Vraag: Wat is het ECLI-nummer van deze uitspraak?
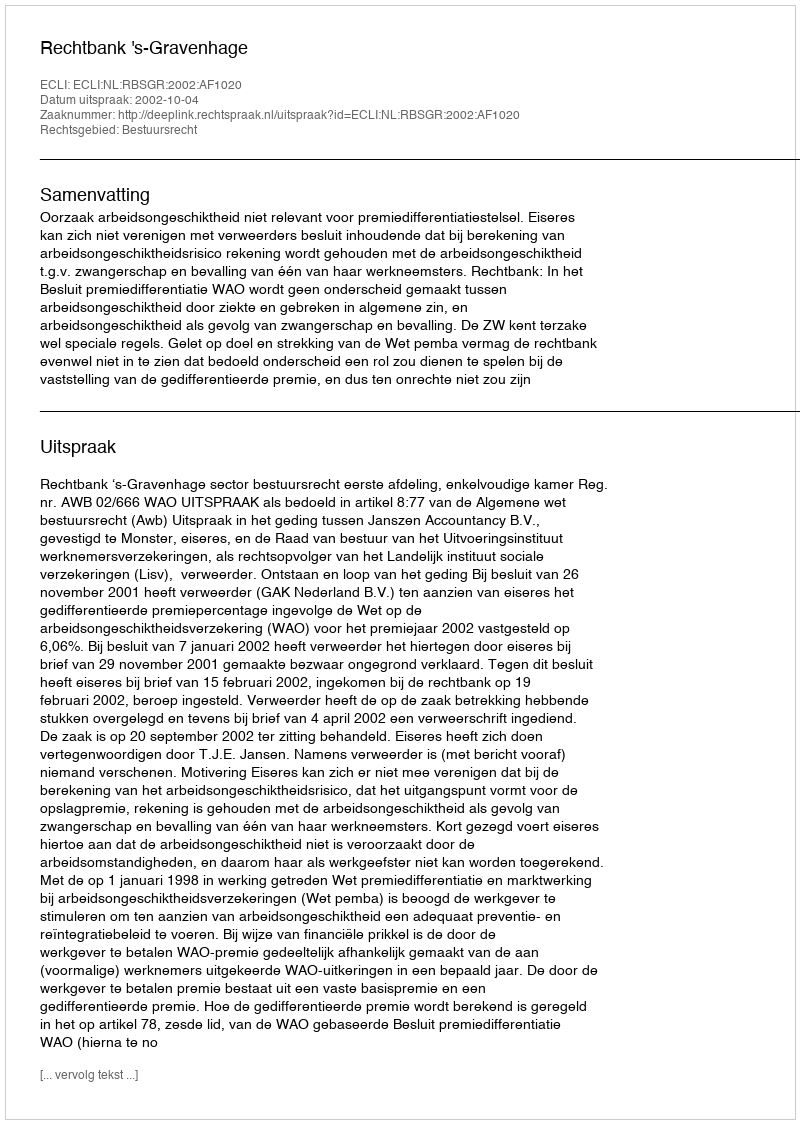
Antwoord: ECLI:NL:RBSGR:2002:AF1020